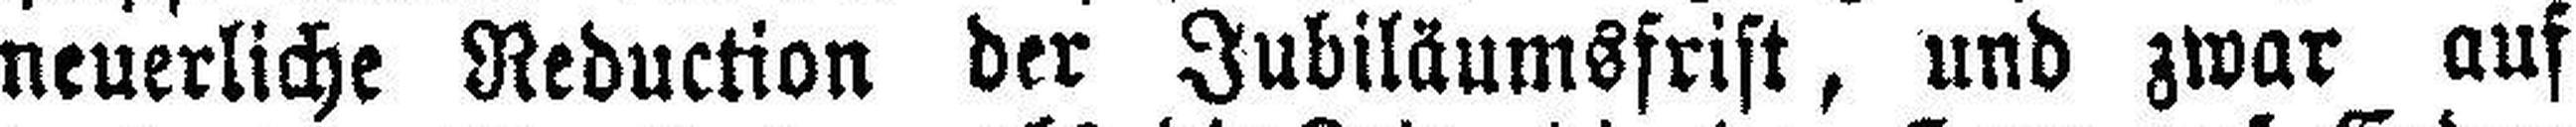
neuerliche Reduction der Jubiläumsfrist, und zwar auf